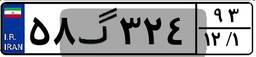
۵۸گ۳۲۴۹۳